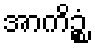
အာကိဉ္စံ